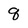
Character: q